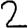
Digit: 2